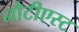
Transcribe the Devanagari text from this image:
नौटीएस्ट